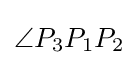
\angle P_{3}P_{1}P_{2}